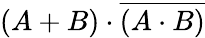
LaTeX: (A+B)\cdot{\overline{{(A\cdot B)}}}